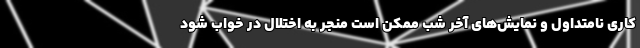
کاری نامتداول و نمایش‌های آخر شب ممکن است منجر به اختلال در خواب شود